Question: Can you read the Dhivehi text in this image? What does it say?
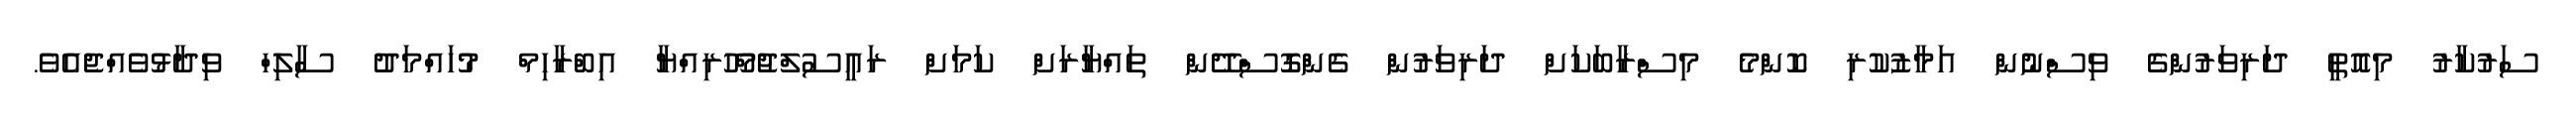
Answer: ސަރުކާރު މިއޮތީ ދަރިވަރުންގެ ވިސްނުން އަމާޒުކުރި ކޮންމެ މިސްރާބަކަށް ދަރިވަރުން ގެންގޮސްދޭން ތައްޔާރަށް ކަމަށް ރައީސުލްޖުމްހޫރިއްޔާ އިބްރާހިމް މުހައްމަދު ސާލިހް ވިދާޅުވެއްޖެއެވެ.